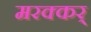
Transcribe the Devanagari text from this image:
मरक्कर्